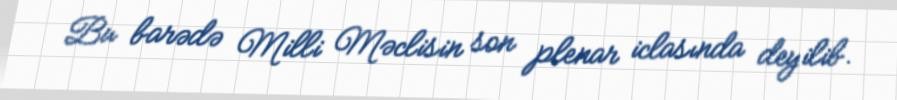
Bu barədə Milli Məclisin son plenar iclasında deyilib.